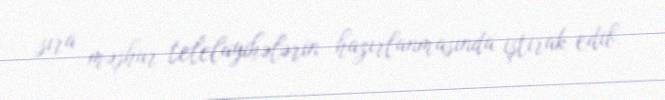
sıra məşhur telelayihələrin hazırlanmasında iştirak edib.